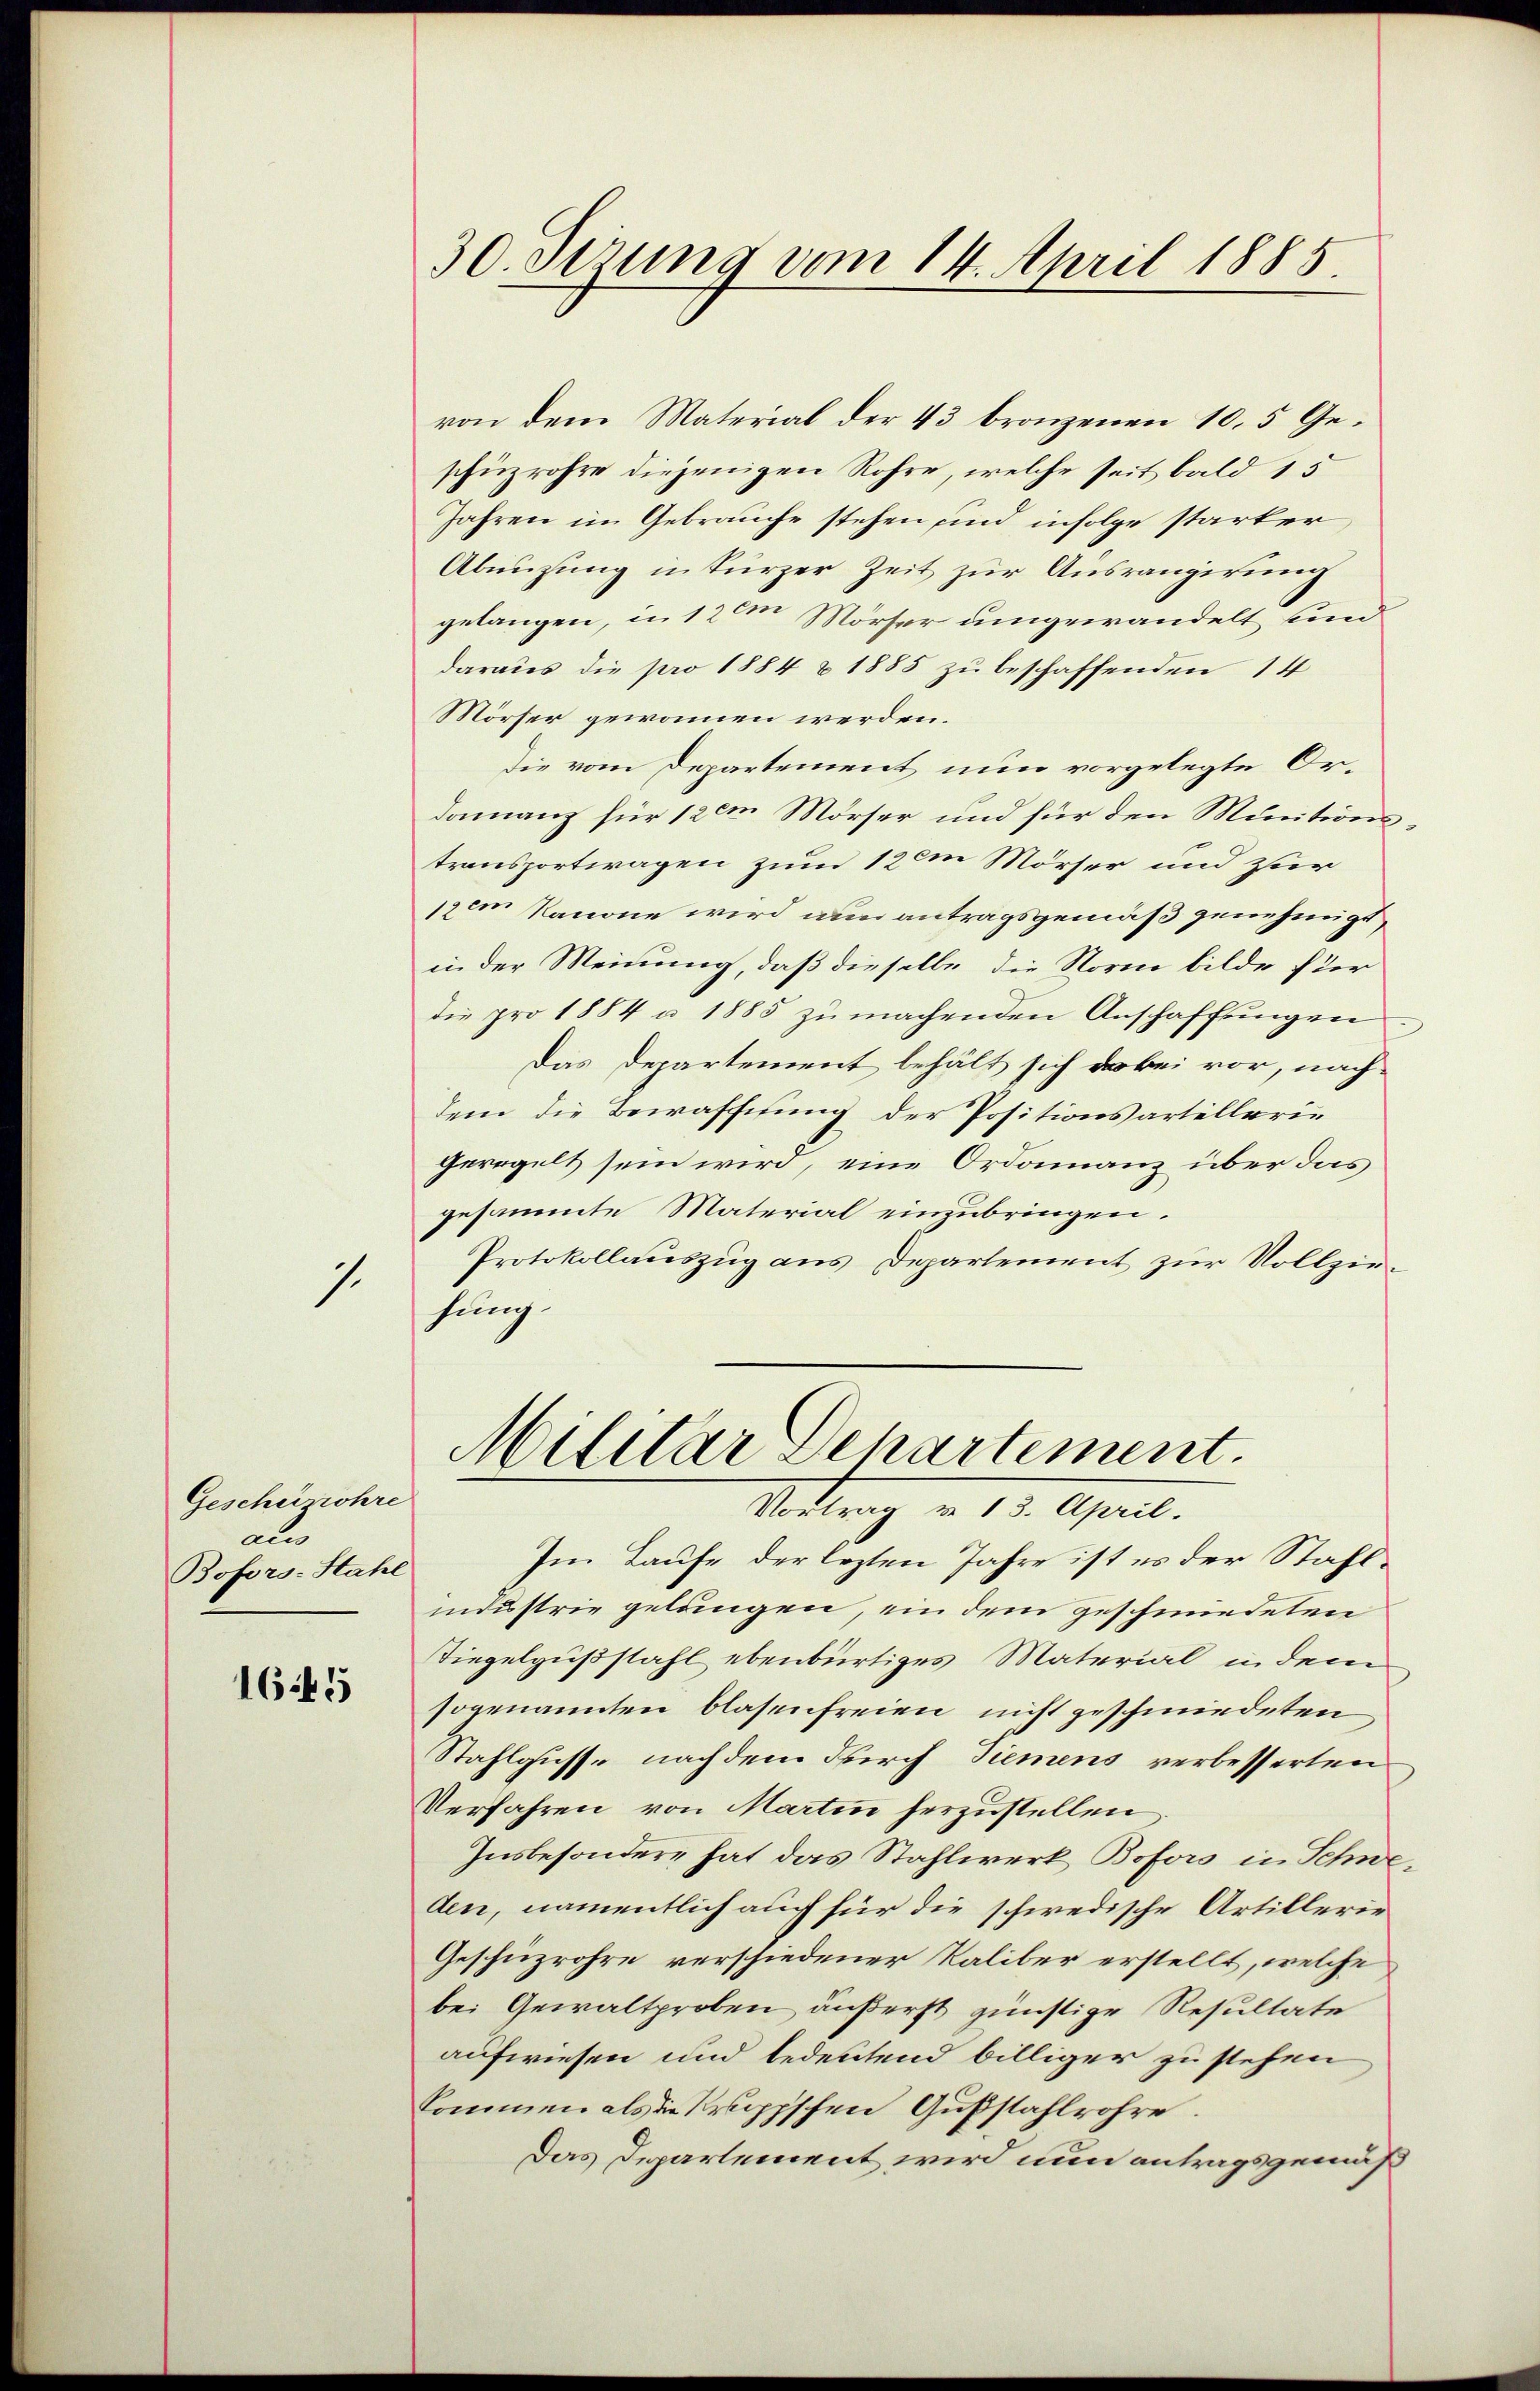
Geschürohre
als
Bofors-Stahl

1645

1

30. Stzung vom 14. April 1885.

von dem Material der 43 bronzenen 10.5 Geschüzrohre diejenigen Röhre, welche seit bald 15
Jahren im Gebrauche stehen und infolge starker,
Abnüzung in kurzer Zeit zur Ausrangirung
gelangen, in 12m Mörser umgewandelt und
daraus die pro 1884 & 1885 zu beschaffenden 14
Mörser gewonnen werden.
Die vom Departement nun vorgelegte Ordamanz für 120m Mörser und für den Minitionstransportwagen zum 12m Mörser und zur
sem Nanone wird nun antragsgemäß genehmigt,
in der Meinung, daß dieselbe die Norm bilde ster
die pro 1884 u. 1885 zŭ machenden Anschaffungen
Das Departement behält sich dabei vor, nach-
dem die Bewaffnung der Positionsartellerin
geregelt sein wird, eine Ordonnanz über das
gesammte Material einzubringen.
Protokollauszug aus Departement zur Vollzirhung

Militar Departement.
Vortrag v. 13. April.

Im Laufe der lezten Jahre ist es der Staflindustrie gelangen, ein dem geschmiedeten
Tiegelgußstahl ebenbürtiges Material in dem
sogenannten blasenfreien nicht geschmiedeten
Stahlgusse nach dem durch Tiemens verbesserten
Verfahren von Martin herzustellen
Insbesondere hat das Stahlwerk Boforo in Schweden, namentlich auch für die schwedische Artillerie
Geschüzrohre verschiedener Kaliber erstellt, welche
bei Gewaltproben äußerst günstige Resultate
aufwiesen und bedeutend billiger zu stehen
kommen als die Kruppschen Gußstahlrohre.
Das Departement wird nun antragsgemäß